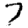
Digit: 7